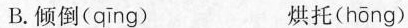
B.倾倒( qīng ) 烘托( hōng )